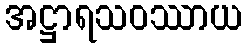
အဋ္ဌာရသဝဿာယ